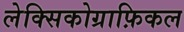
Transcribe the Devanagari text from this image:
लेक्सिकोग्राफ़िकल